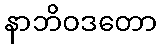
နာဘိဝဒတော